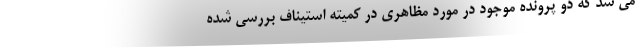
می شد که دو پرونده موجود در مورد مظاهری در کمیته استیناف بررسی شده